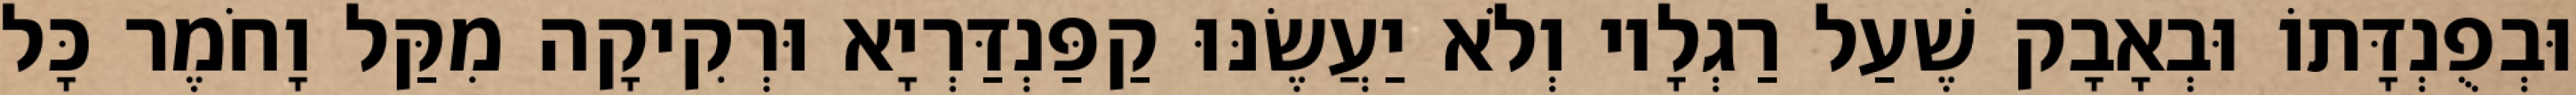
וּבְפֻנְדָּתוֹ וּבְאָבָק שֶׁעַל רַגְלָיו וְלֹא יַעֲשֶׂנּוּ קַפַּנְדַּרְיָא וּרְקִיקָה מִקַּל וָחֹמֶר כָּל